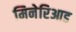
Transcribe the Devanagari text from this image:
मिनेरिआड